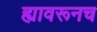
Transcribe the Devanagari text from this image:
ह्यावरूनच